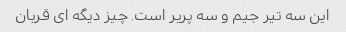
این سه تیر جیم و سه پریر است. چیز دیگه ای قربان